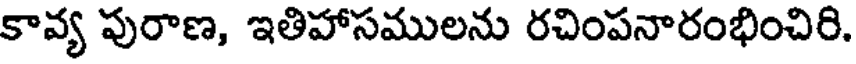
కావ్య పురాణ, ఇతిహాసములను రచింపనారంభించిరి.